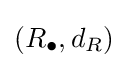
(R_{\bullet },d_{R})